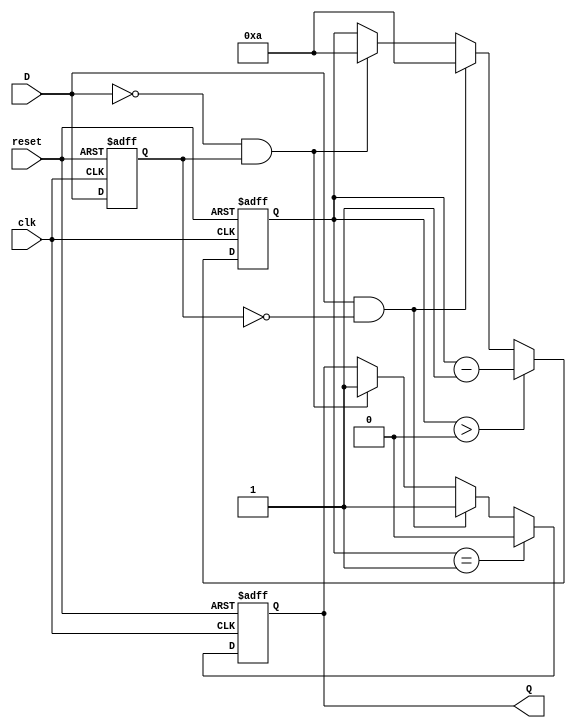
module MonostableEdgeDetector #(
    parameter PULSE_WIDTH = 10 // Pulse width in clock cycles
)(
    input wire clk,             // Clock signal
    input wire reset,           // Asynchronous reset signal
    input wire D,               // Input signal to be monitored
    output reg Q                // Output pulse signal
);

    reg D_prev;                 // Previous state of the input signal
    reg [3:0] pulse_counter;    // Counter for pulse width

    // Edge detection and pulse generation
    always @(posedge clk or posedge reset) begin
        if (reset) begin
            D_prev <= 1'b0;      // Reset previous state
            Q <= 1'b0;          // Reset output signal
            pulse_counter <= 0;  // Reset pulse counter
        end else begin
            // Check for rising edge
            if (D && !D_prev) begin
                Q <= 1'b1;       // Trigger pulse on rising edge
                pulse_counter <= PULSE_WIDTH; // Start pulse width counter
            end
            // Check for falling edge
            else if (!D && D_prev) begin
                Q <= 1'b1;       // Trigger pulse on falling edge
                pulse_counter <= PULSE_WIDTH; // Start pulse width counter
            end

            // Manage pulse duration
            if (pulse_counter > 0) begin
                pulse_counter <= pulse_counter - 1; // Decrement counter
            end
            
            if (pulse_counter == 1) begin
                Q <= 1'b0;       // Reset output pulse at end of pulse width
            end

            // Update previous state
            D_prev <= D;
        end
    end

endmodule